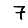
Digit: 7